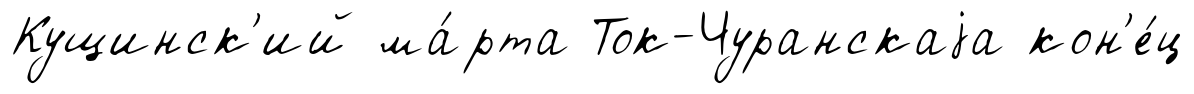
Кущинск'ий ма́рта Ток-Чуранскаjа кон'е́ц